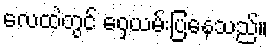
လေထဲတွင် ဝှေ့ယမ်းပြနေသည်။